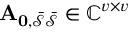
\mathbf { A _ { 0 , \mathcal { \bar { S } } \mathcal { \bar { S } } } } \in \mathbb { C } ^ { v \times v }